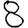
Digit: 8